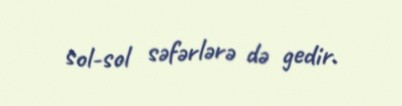
sol-sol səfərlərə də gedir.